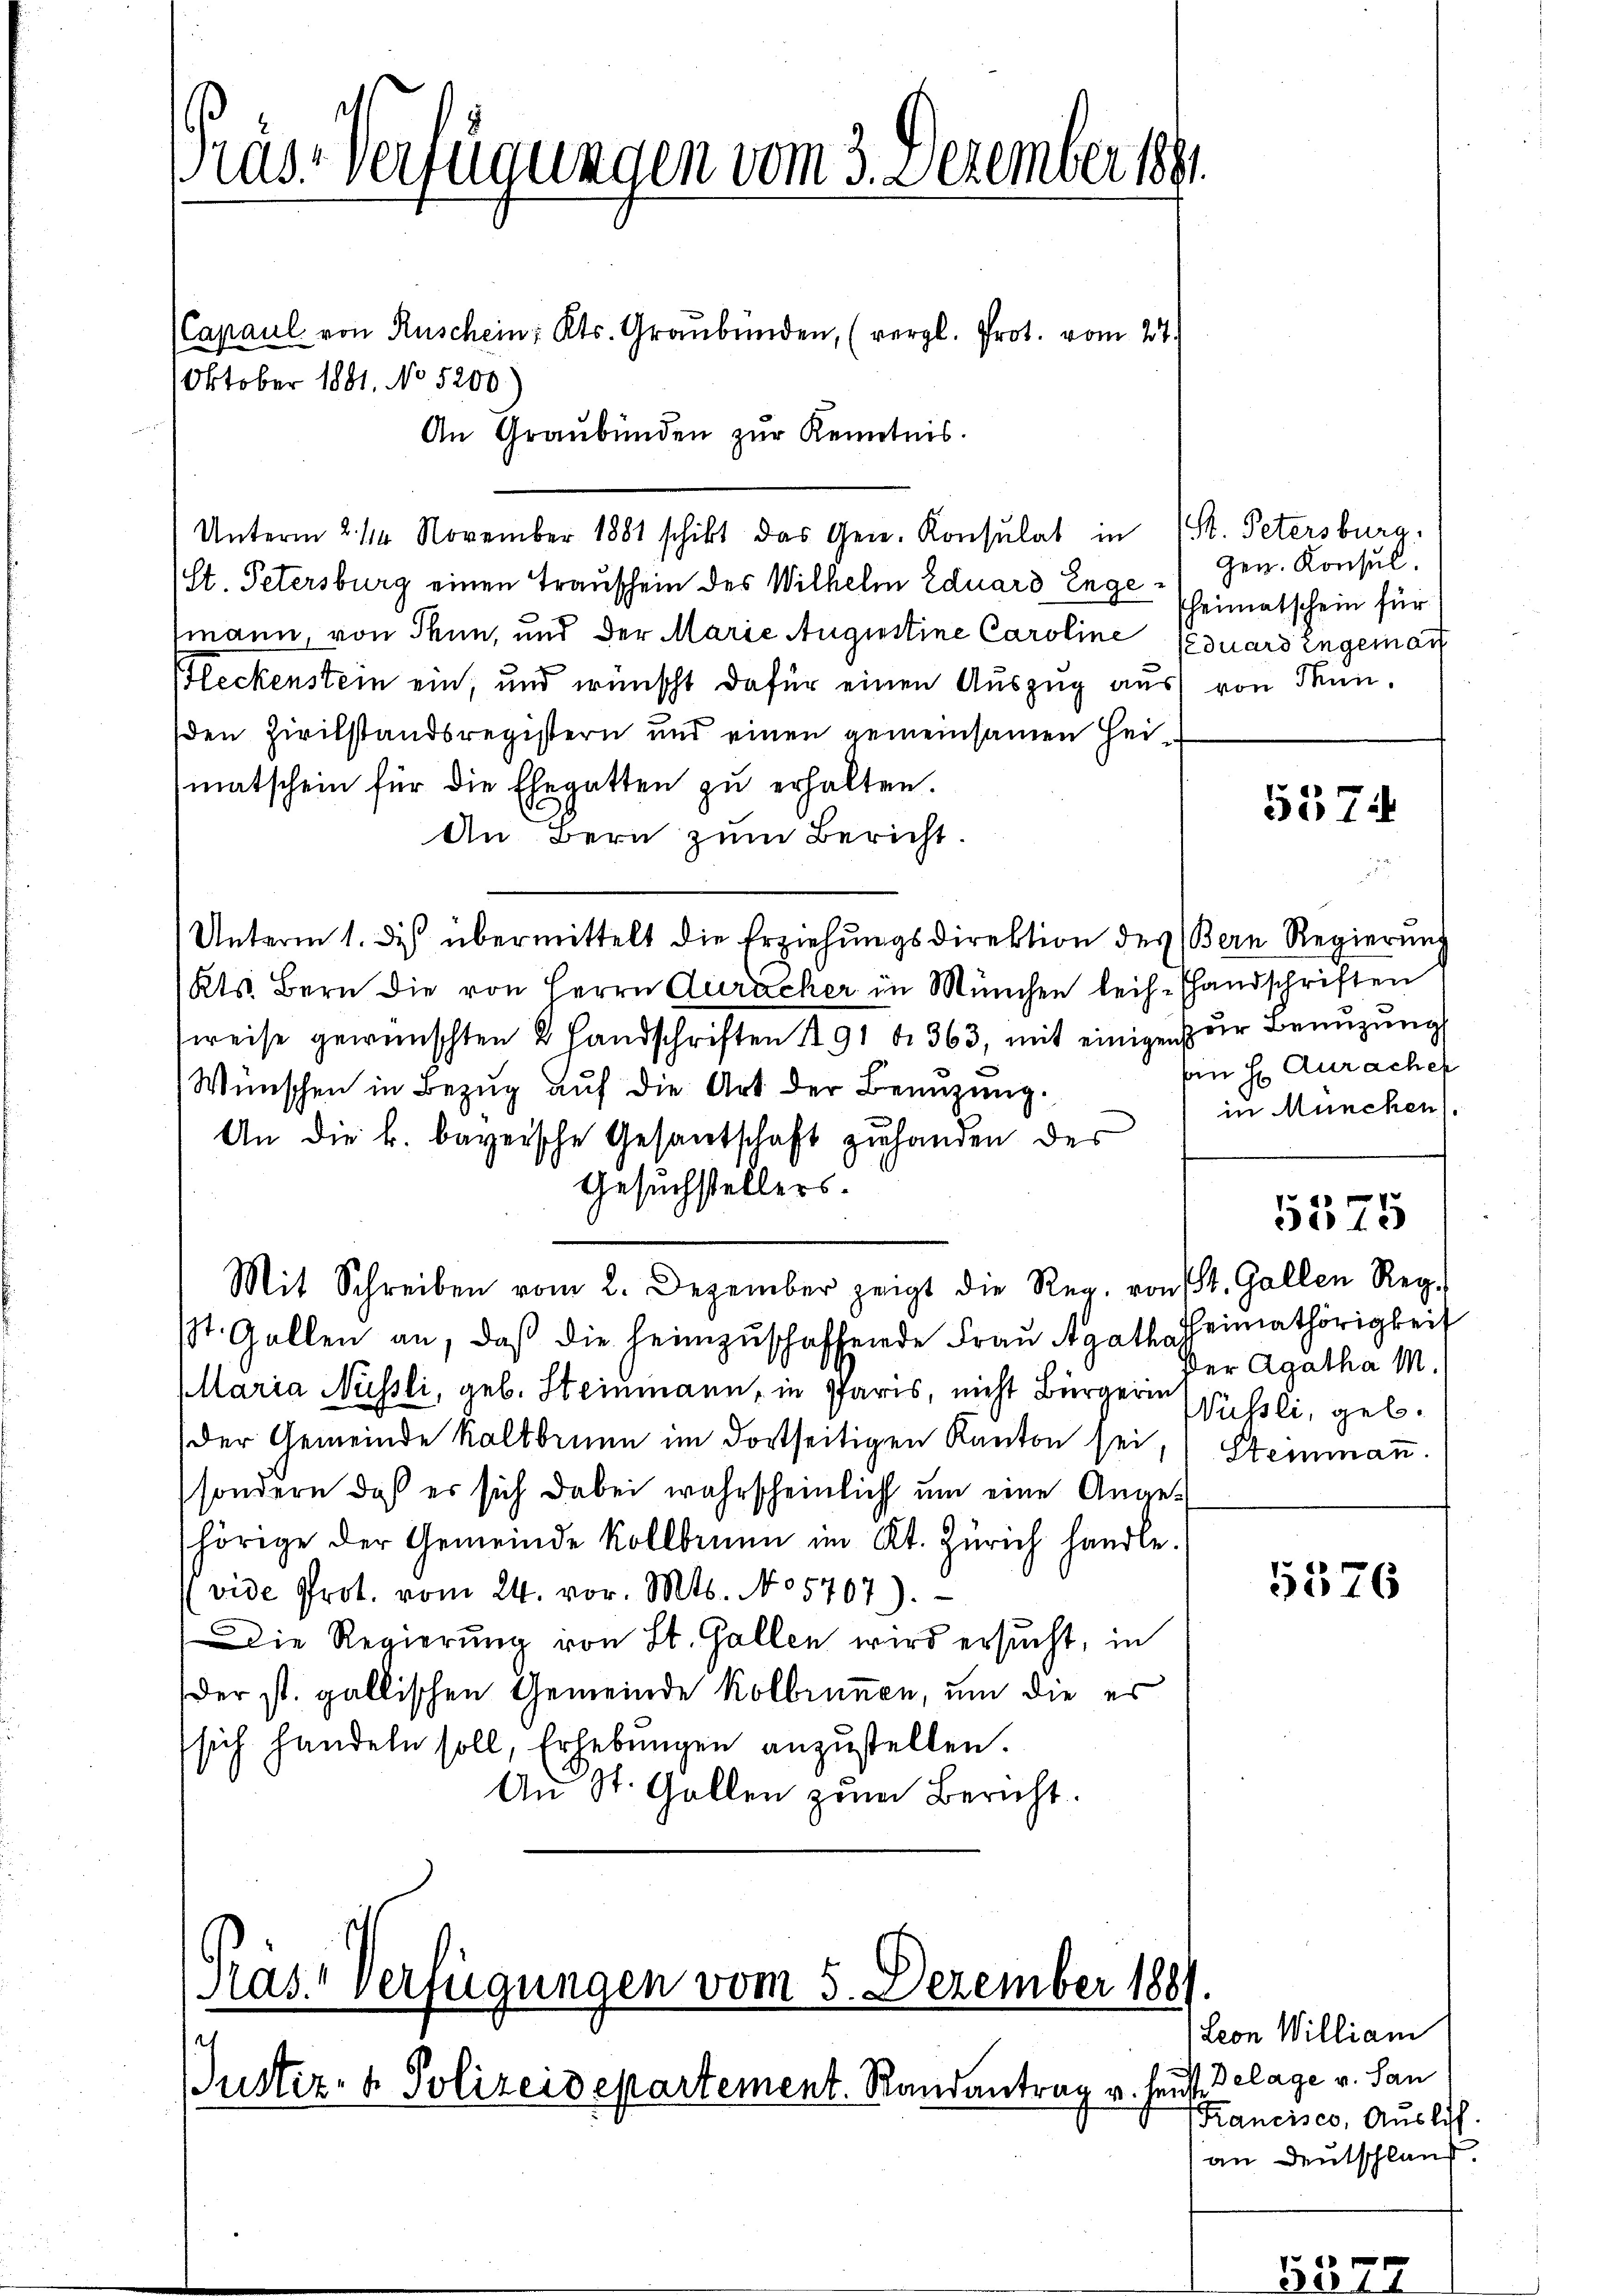
Pras-Verfügungen vom 3. Dezember 189

(Capaul von Rüschein: Kts. Graubünden, (vergl. Prot. vom 27.
Oktober 1881. No 5200
An Graubünden zur Kenntnis.
Unterm 2. 114. November 1881 schikt das Gen. Konsulat in 1 St. Petersburg,
/st. Petersburg einen Trauschein des Wilhelm Eduard Engemann, von Thun, und der Marie Augustine Caroline Eduard engeman
Fleckenstein ein, und wünscht dafür einen Auszug aus von Mun
den Zivilstandsregistern und einen gemeinsamen Hei-
matschein für die Ehegatten zu erhalten.
An Bern zum Bericht.
Unterm 1. Dies übermittelt die Erziehungsdirektion des Bern Regierung
Kts. Bern die von Herrn Auracher in München leih- Handschriften
sweise gewünschten 2 Landschriften § 91 n 363, mit einigen zur Benuzung
Wünschen in Bezug auf die Art der Benuzung.
An die k. bayrische Gesantschaft zŭ handen der
Gesuchstellers.
Mit Schreiben vom 2. Dezember zeigt die Reg. von St. Gallen Reg
st. Gallen an, daβ die heimzŭschaffende Fraŭ Agathaheimathörigkeit
Maria Nüssli, geb. Steinmann, in Paris, nicht Bürgerin
der Gemeinde Kaltbrunn im dortseitigen Kanton sei,
sondern, daß er sich dabei wahrscheinlich um eine Ange-
hörige der Gemeinde Kollbrunn im Kt. Zürich handle.
vide Prot. vom 24. vor. Mts. No 5707).
Die Regierung von St. Gallen wird ersucht, in
der st. gallischen Gemeinde Kolbrunnen, um die es
sich handeln soll, Erhebungen anzustellen.
An St. Gallen zum Bericht.

Nas.“ verfügungen vom 5. Dezember 18
Justiz- & Polizeidepartement. Randantrag u. heute

gen. Konsul
Pheimatschein für

5574

n H Auracher
in München.

5575

der Agatha M.
Wüssli, geb.
Steinmann.

5576

Leon William
Delage v. San
Kancisco, Auslif.
an Deutschland.